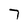
Character: 7